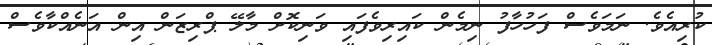
ކުރިއެވެ. ނަމަވެސް ފަހުހާފު ނިމެން ކައިރިވެފައި ވަނިކޮށް މާލޭ ޕްރިޒަން އިން އަނެއްކާވެސް